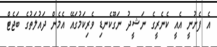
އެ ފެށުނީ އެއީ ކެނެރީގެ ނަޝީދު ނަގޫކެނޑި ވެރިކަމުގައޭ އެމެން ދައުލަތުގެ ބަޖެޓް